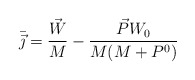
\begin{align*}\bar{\vec{\jmath}}=\frac{\vec{W}}{M}-\frac{\vec{P}W_0}{M(M+P^0)}\end{align*}